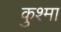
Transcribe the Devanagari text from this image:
कुश्‍मा